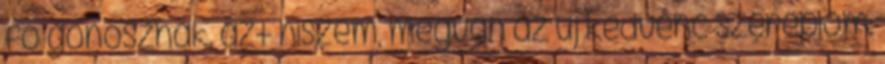
fő gonosznak. azt hiszem, megvan az új kedvenc szereplőm: